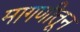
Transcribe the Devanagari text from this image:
मागणीतून